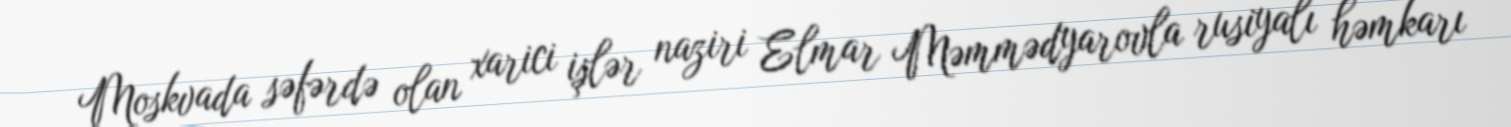
Moskvada səfərdə olan xarici işlər naziri Elmar Məmmədyarovla rusiyalı həmkarı